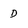
Character: D